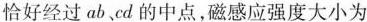
恰好经过ab、cd的中点，磁感应强度大小为